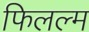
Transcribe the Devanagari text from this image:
फिलल्म